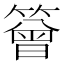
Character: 䉕